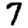
Digit: 7